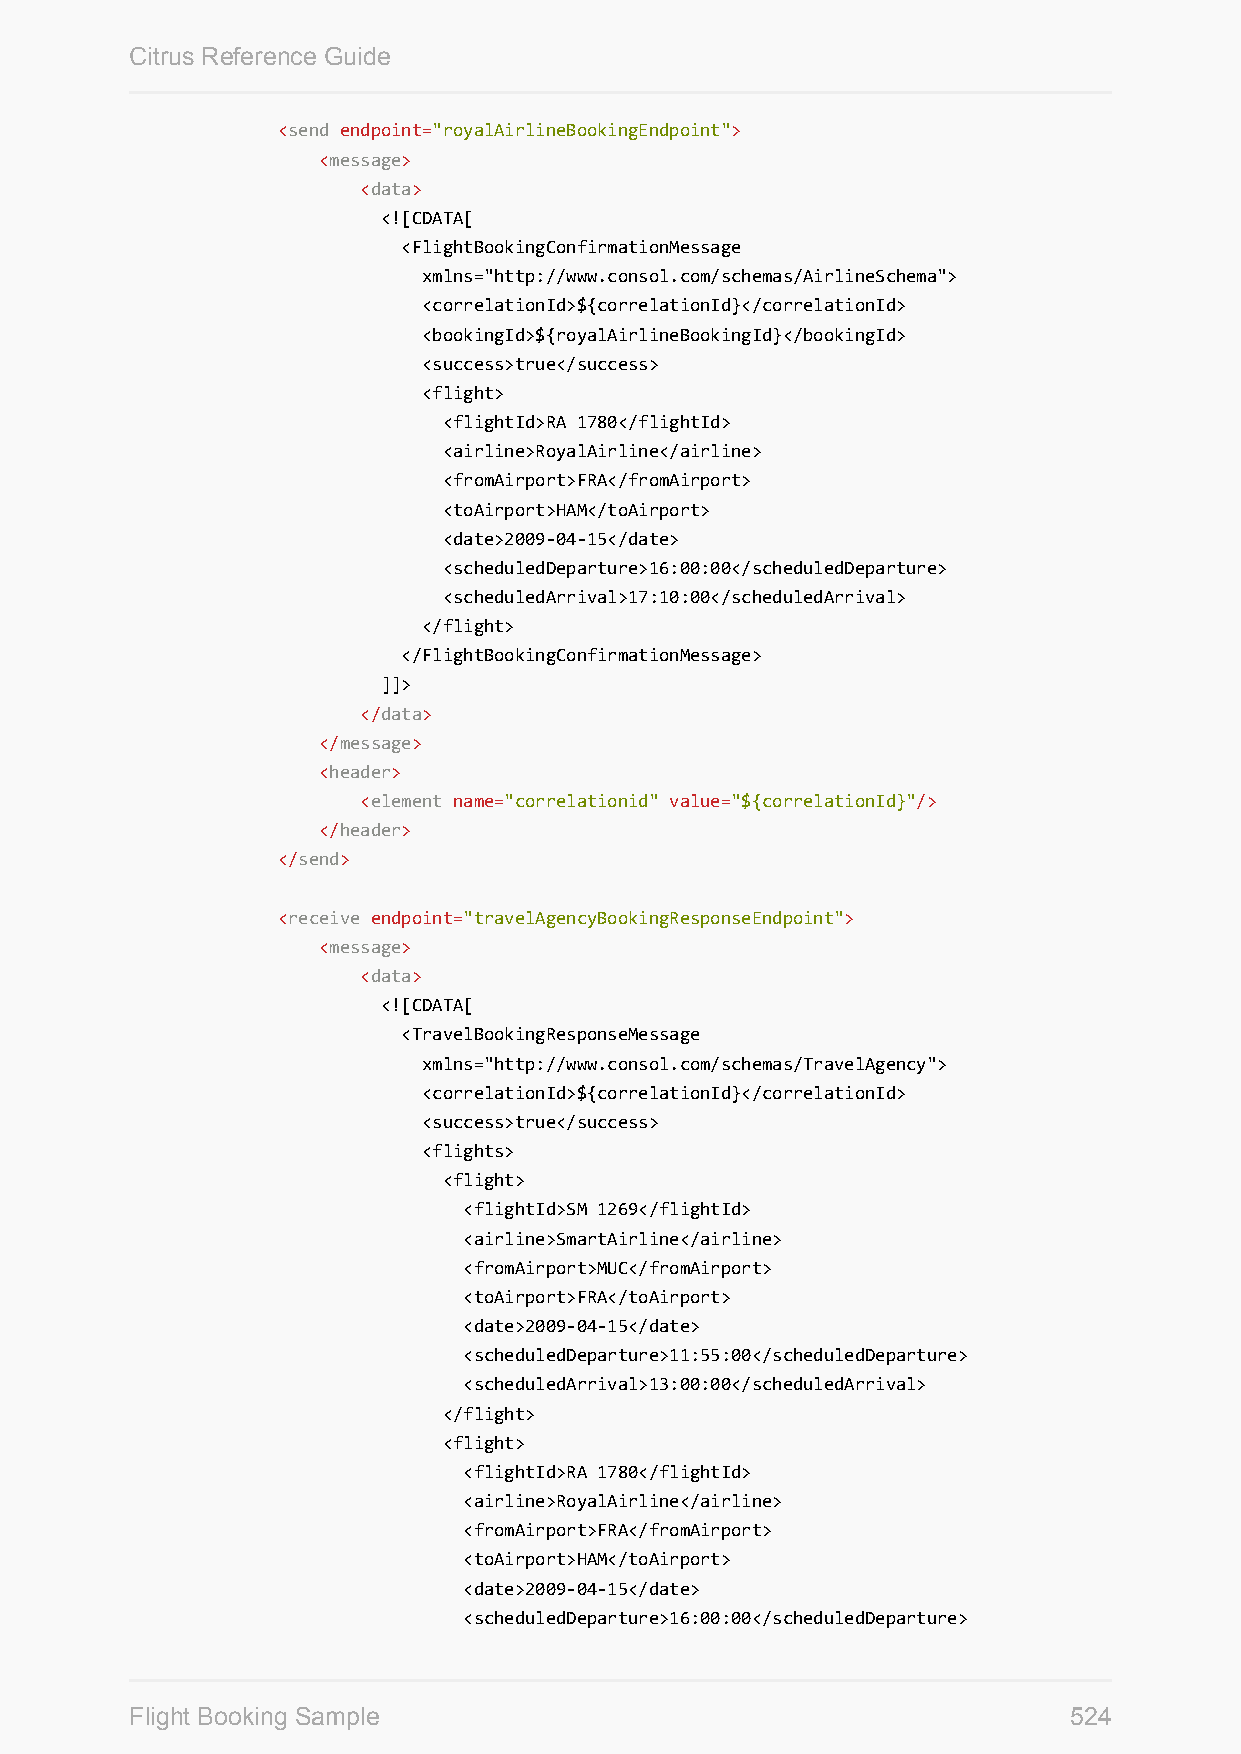
Citrus Reference Guide
 <send endpoint="royalAirlineBookingEndpoint">
 <message>
 <data>
 <![CDATA[
 <FlightBookingConfirmationMessage
 xmlns="http://www.consol.com/schemas/AirlineSchema">
 <correlationId>${correlationId}</correlationId>
 <bookingId>${royalAirlineBookingId}</bookingId>
 <success>true</success>
 <flight>
 <flightId>RA 1780</flightId>
 <airline>RoyalAirline</airline>
 <fromAirport>FRA</fromAirport>
 <toAirport>HAM</toAirport>
 <date>2009-04-15</date>
 <scheduledDeparture>16:00:00</scheduledDeparture>
 <scheduledArrival>17:10:00</scheduledArrival>
 </flight>
 </FlightBookingConfirmationMessage>
 ]]>
 </data>
 </message>
 <header>
 <element name="correlationid" value="${correlationId}"/>
 </header>
 </send>
 <receive endpoint="travelAgencyBookingResponseEndpoint">
 <message>
 <data>
 <![CDATA[
 <TravelBookingResponseMessage
 xmlns="http://www.consol.com/schemas/TravelAgency">
 <correlationId>${correlationId}</correlationId>
 <success>true</success>
 <flights>
 <flight>
 <flightId>SM 1269</flightId>
 <airline>SmartAirline</airline>
 <fromAirport>MUC</fromAirport>
 <toAirport>FRA</toAirport>
 <date>2009-04-15</date>
 <scheduledDeparture>11:55:00</scheduledDeparture>
 <scheduledArrival>13:00:00</scheduledArrival>
 </flight>
 <flight>
 <flightId>RA 1780</flightId>
 <airline>RoyalAirline</airline>
 <fromAirport>FRA</fromAirport>
 <toAirport>HAM</toAirport>
 <date>2009-04-15</date>
 <scheduledDeparture>16:00:00</scheduledDeparture>
 Flight Booking Sample                                         524